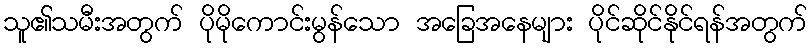
သူ၏သမီးအတွက် ပိုမိုကောင်းမွန်သော အခြေအနေများ ပိုင်ဆိုင်နိုင်ရန်အတွက်